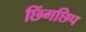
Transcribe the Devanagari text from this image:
छिंगछिप